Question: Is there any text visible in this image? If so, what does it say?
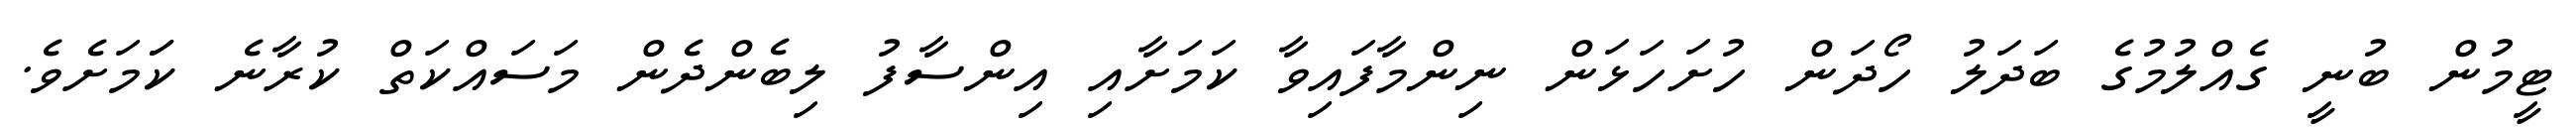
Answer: ޓީމުން ބުނީ ގެއްލުމުގެ ބަދަލު ހޯދަން ހުށަހަޅަން ނިންމާފައިވާ ކަމަށާއި އިންސާފު ލިބެންދެން މަސައްކަތް ކުރާނެ ކަަމަށެވެ.